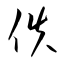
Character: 佚